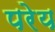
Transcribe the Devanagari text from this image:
परेय